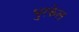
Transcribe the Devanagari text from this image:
भुरकेल